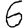
Digit: 6